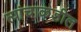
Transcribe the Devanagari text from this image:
त्यांचाकडील